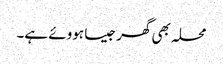
محلہ بھی گھر جیسا ہووئے ہے۔